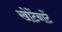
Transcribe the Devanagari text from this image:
खोटेंनाटें